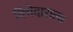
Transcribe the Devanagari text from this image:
विभेदाराला